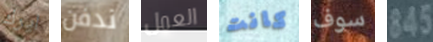
ايرك ندفن العمل كانت سوف 345